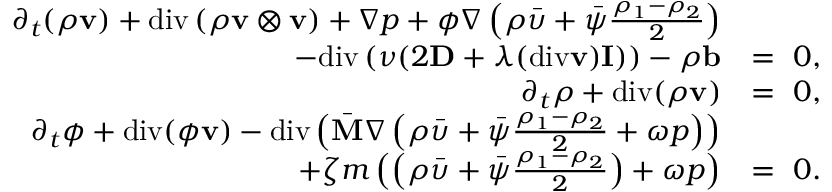
\begin{array} { r l } { \partial _ { t } ( \rho \mathbf { v } ) + \mathrm { d i v } \left( \rho \mathbf { v } \otimes \mathbf { v } \right) + \nabla p + \phi \nabla \left( \rho \bar { \upsilon } + \bar { \psi } \frac { \rho _ { 1 } - \rho _ { 2 } } { 2 } \right) } & { } \\ { - \mathrm { d i v } \left( \nu ( 2 \mathbf { D } + \lambda ( \mathrm { d i v } \mathbf { v } ) \mathbf { I } ) \right) - \rho \mathbf { b } } & { = ~ 0 , } \\ { \partial _ { t } \rho + \mathrm { d i v } ( \rho \mathbf { v } ) } & { = ~ 0 , } \\ { \partial _ { t } \phi + \mathrm { d i v } ( \phi \mathbf { v } ) - \mathrm { d i v } \left( \bar { \mathbf { M } } \nabla \left( \rho \bar { \upsilon } + \bar { \psi } \frac { \rho _ { 1 } - \rho _ { 2 } } { 2 } + \omega p \right) \right) } & { } \\ { + \zeta m \left( \left( \rho \bar { \upsilon } + \bar { \psi } \frac { \rho _ { 1 } - \rho _ { 2 } } { 2 } \right) + \omega p \right) } & { = ~ 0 . } \end{array}